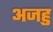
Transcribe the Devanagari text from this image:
अजहु